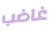
غاضب